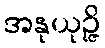
အနုယုဉ္ဇိ